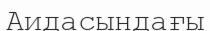
Аидасындағы